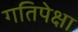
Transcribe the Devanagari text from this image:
गतिपेक्षा